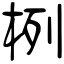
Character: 栵